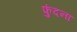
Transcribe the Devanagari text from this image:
फुंदना